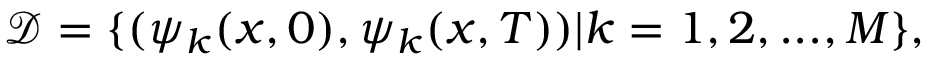
\mathcal { D } = \{ ( \psi _ { k } ( x , 0 ) , \psi _ { k } ( x , T ) ) | k = 1 , 2 , . . . , M \} ,